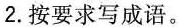
2. 按要求写成语。